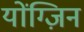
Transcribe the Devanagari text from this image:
योंग्ज़िन